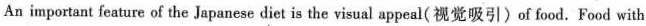
An important feature of the Japanese diet is the visual appeal( 视觉吸引)of food. Food with